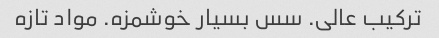
ترکیب عالی. سس بسیار خوشمزه. مواد تازه